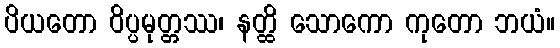
ပိယတော ဝိပ္ပမုတ္တဿ၊ နတ္ထိ သောကော ကုတော ဘယံ။